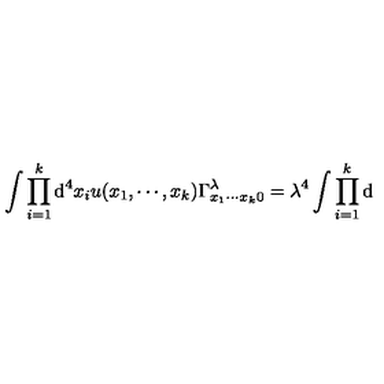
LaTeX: \int \prod _ { i = 1 } ^ { k } \mathrm { d } ^ { 4 } x _ { i } u ( x _ { 1 } , \cdots , x _ { k } ) \Gamma _ { x _ { 1 } \cdots x _ { k } 0 } ^ { \lambda } = \lambda ^ { 4 } \int \prod _ { i = 1 } ^ { k } \mathrm { d }